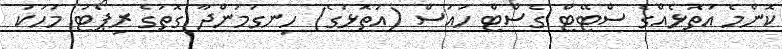
ކޮންމެ އަތޮޅެއްގެ ސްޓޭޓް ގެސްޓް ހައުސް (އަތޮޅުގެ) ހިނގަމުންދާ ގޮތުގެ ރިޕޯޓު މަހަކު